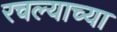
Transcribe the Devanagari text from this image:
रचल्याच्या